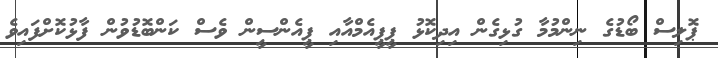
ޕޮލިސް ބޯޑުގެ ނިންމުމާ ގުޅިގެން އިދިކޮޅު ޕީޕީއެމްއާއި ޕީއެންސީން ވެސް ކަންބޮޑުވުން ފާޅުކޮށްފައިވެ